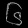
Digit: ၆